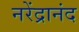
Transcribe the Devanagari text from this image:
नरेंद्रानंद